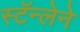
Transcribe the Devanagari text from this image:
स्टॅन्लेने